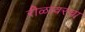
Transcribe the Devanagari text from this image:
रीळावरचा